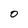
Character: 0